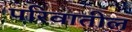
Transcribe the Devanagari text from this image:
परिवातील